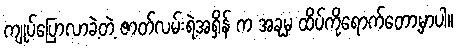
ကျုပ်ပြောလာခဲ့တဲ့ ဇာတ်လမ်းရဲ့အရှိန် က အခုမှ ထိပ်ကိုရောက်တော့မှာပါ။